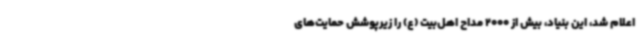
اعلام شد، این بنیاد، بیش از 2000 مداح اهل‌بیت (ع) را زیرپوشش حمایت‌های